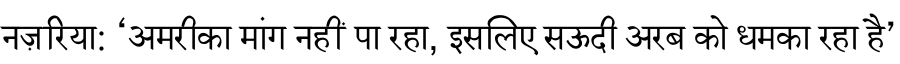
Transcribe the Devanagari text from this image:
नज़रिया: ‘अमरीका मांग नहीं पा रहा, इसलिए सऊदी अरब को धमका रहा है’